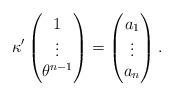
LaTeX: \begin{align*}\kappa'\begin{pmatrix}1\\\vdots\\\theta^{n-1}\end{pmatrix}=\begin{pmatrix}a_{1}\\\vdots\\a_{n}\end{pmatrix}.\end{align*}